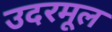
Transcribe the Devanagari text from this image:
उदरमूल